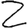
Digit: 2